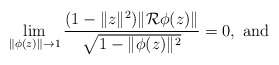
\begin{align*} \lim_{\|\phi(z)\|\to 1}\frac{(1- \|z\|^2) \|\mathcal R \phi(z)\|}{\sqrt{1- \|\phi(z)\|^2}}=0, \hbox{ and } \end{align*}